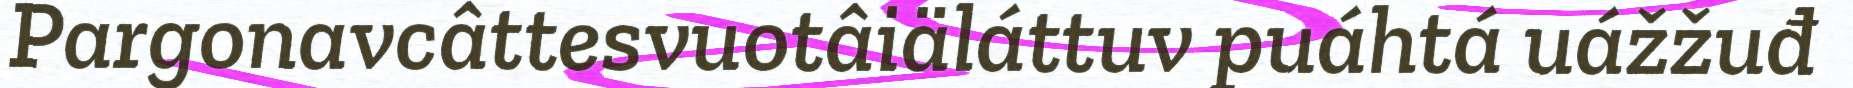
Pargonavcâttesvuotâiäláttuv puáhtá uážžuđ